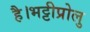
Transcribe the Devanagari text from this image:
है।भट्टीप्रोलु